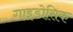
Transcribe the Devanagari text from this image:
गाइडोसिक